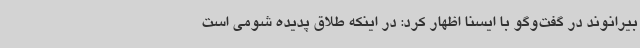
بیرانوند در گفت‌وگو با ایسنا اظهار کرد: در اینکه طلاق پدیده شومی است